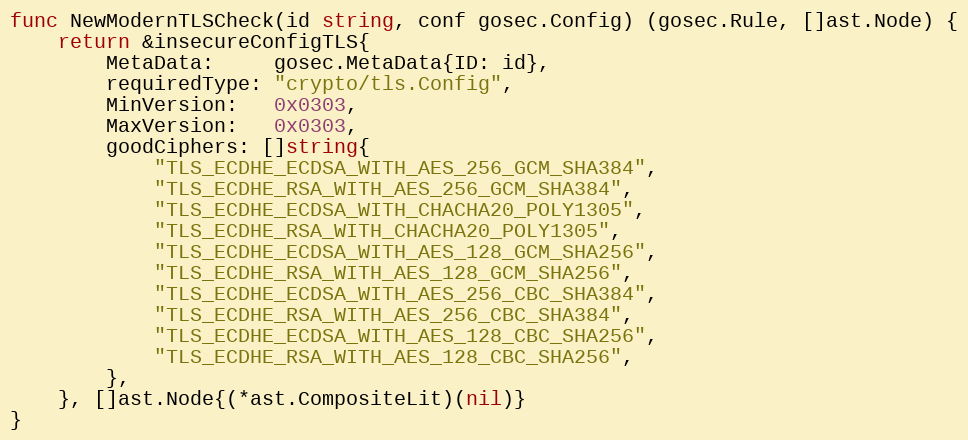
Language: Go
func NewModernTLSCheck(id string, conf gosec.Config) (gosec.Rule, []ast.Node) {
	return &insecureConfigTLS{
		MetaData:     gosec.MetaData{ID: id},
		requiredType: "crypto/tls.Config",
		MinVersion:   0x0303,
		MaxVersion:   0x0303,
		goodCiphers: []string{
			"TLS_ECDHE_ECDSA_WITH_AES_256_GCM_SHA384",
			"TLS_ECDHE_RSA_WITH_AES_256_GCM_SHA384",
			"TLS_ECDHE_ECDSA_WITH_CHACHA20_POLY1305",
			"TLS_ECDHE_RSA_WITH_CHACHA20_POLY1305",
			"TLS_ECDHE_ECDSA_WITH_AES_128_GCM_SHA256",
			"TLS_ECDHE_RSA_WITH_AES_128_GCM_SHA256",
			"TLS_ECDHE_ECDSA_WITH_AES_256_CBC_SHA384",
			"TLS_ECDHE_RSA_WITH_AES_256_CBC_SHA384",
			"TLS_ECDHE_ECDSA_WITH_AES_128_CBC_SHA256",
			"TLS_ECDHE_RSA_WITH_AES_128_CBC_SHA256",
		},
	}, []ast.Node{(*ast.CompositeLit)(nil)}
}